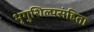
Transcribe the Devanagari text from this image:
भृगुशिल्पसंहिता